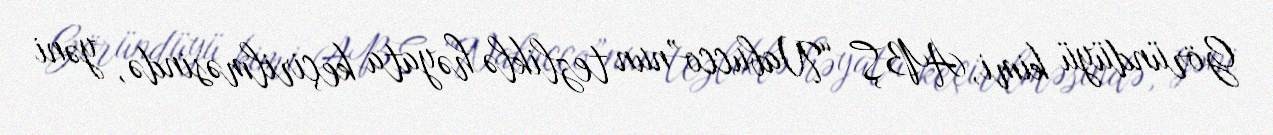
Göründüyü kimi, ABŞ “Nabucco”nun tezliklə həyata keçirilməsində, yəni